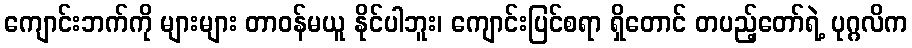
ကျောင်းဘက်ကို များများ တာဝန်မယူ နိုင်ပါဘူး၊ ကျောင်းပြင်စရာ ရှိတောင် တပည့်တော်ရဲ့ ပုဂ္ဂလိက